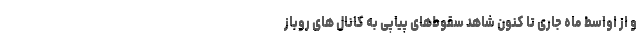
و از اواسط ماه جاری تا کنون شاهد سقوط‌های پیاپی به کانال های روباز